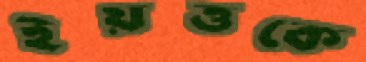
ইয়ত্তকে